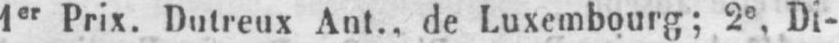
1er Prix. Dutreux Ant.. de Luxembourg; 2e, Di-